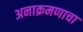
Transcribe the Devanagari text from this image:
अनाक्रमणाचा